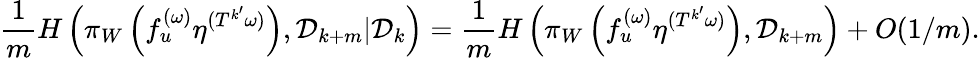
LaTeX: \frac{1}{m}H\left(\pi_{W}\left(f_{u}^{(\omega)}\eta^{(T^{k^{\prime}}\omega)}\right),{\mathcal D}_{k+m}|{\mathcal D}_{k}\right)=\frac{1}{m}H\left(\pi_{W}\left(f_{u}^{(\omega)}\eta^{(T^{k^{\prime}}\omega)}\right),{\mathcal D}_{k+m}\right)+O(1/m).